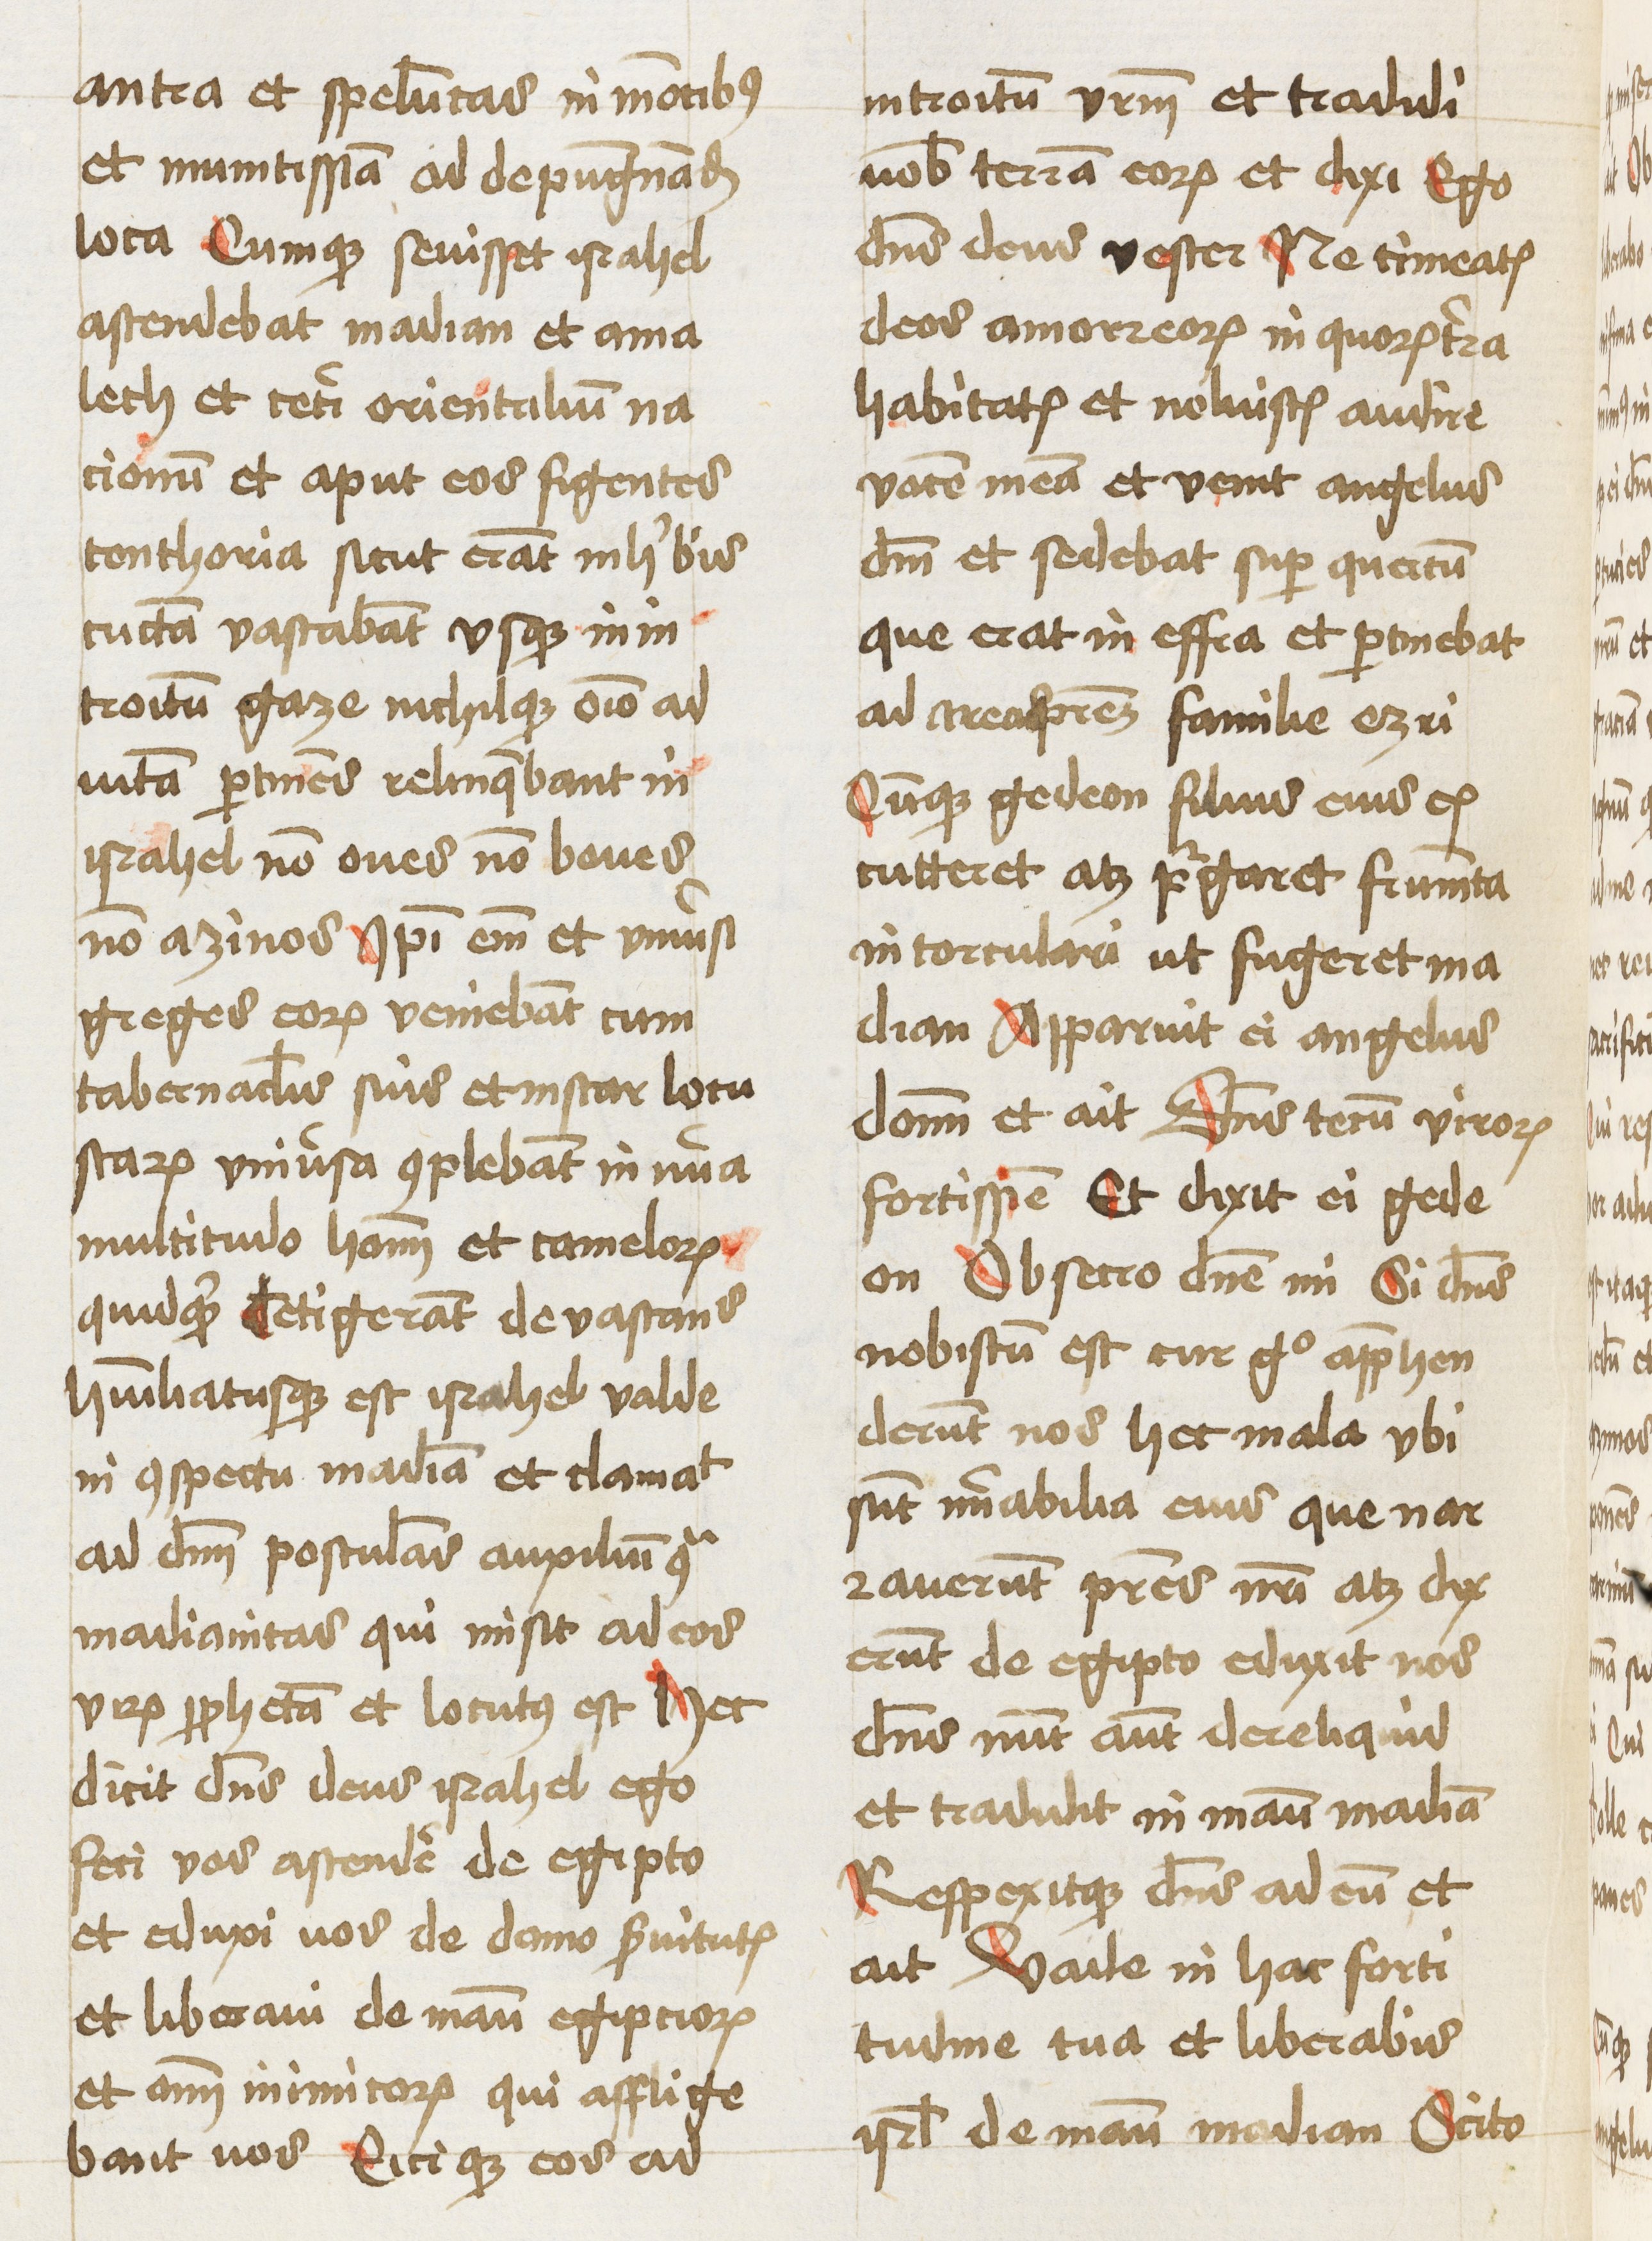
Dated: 1461–1461